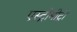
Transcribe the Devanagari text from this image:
एस्ट्रोमीट्री